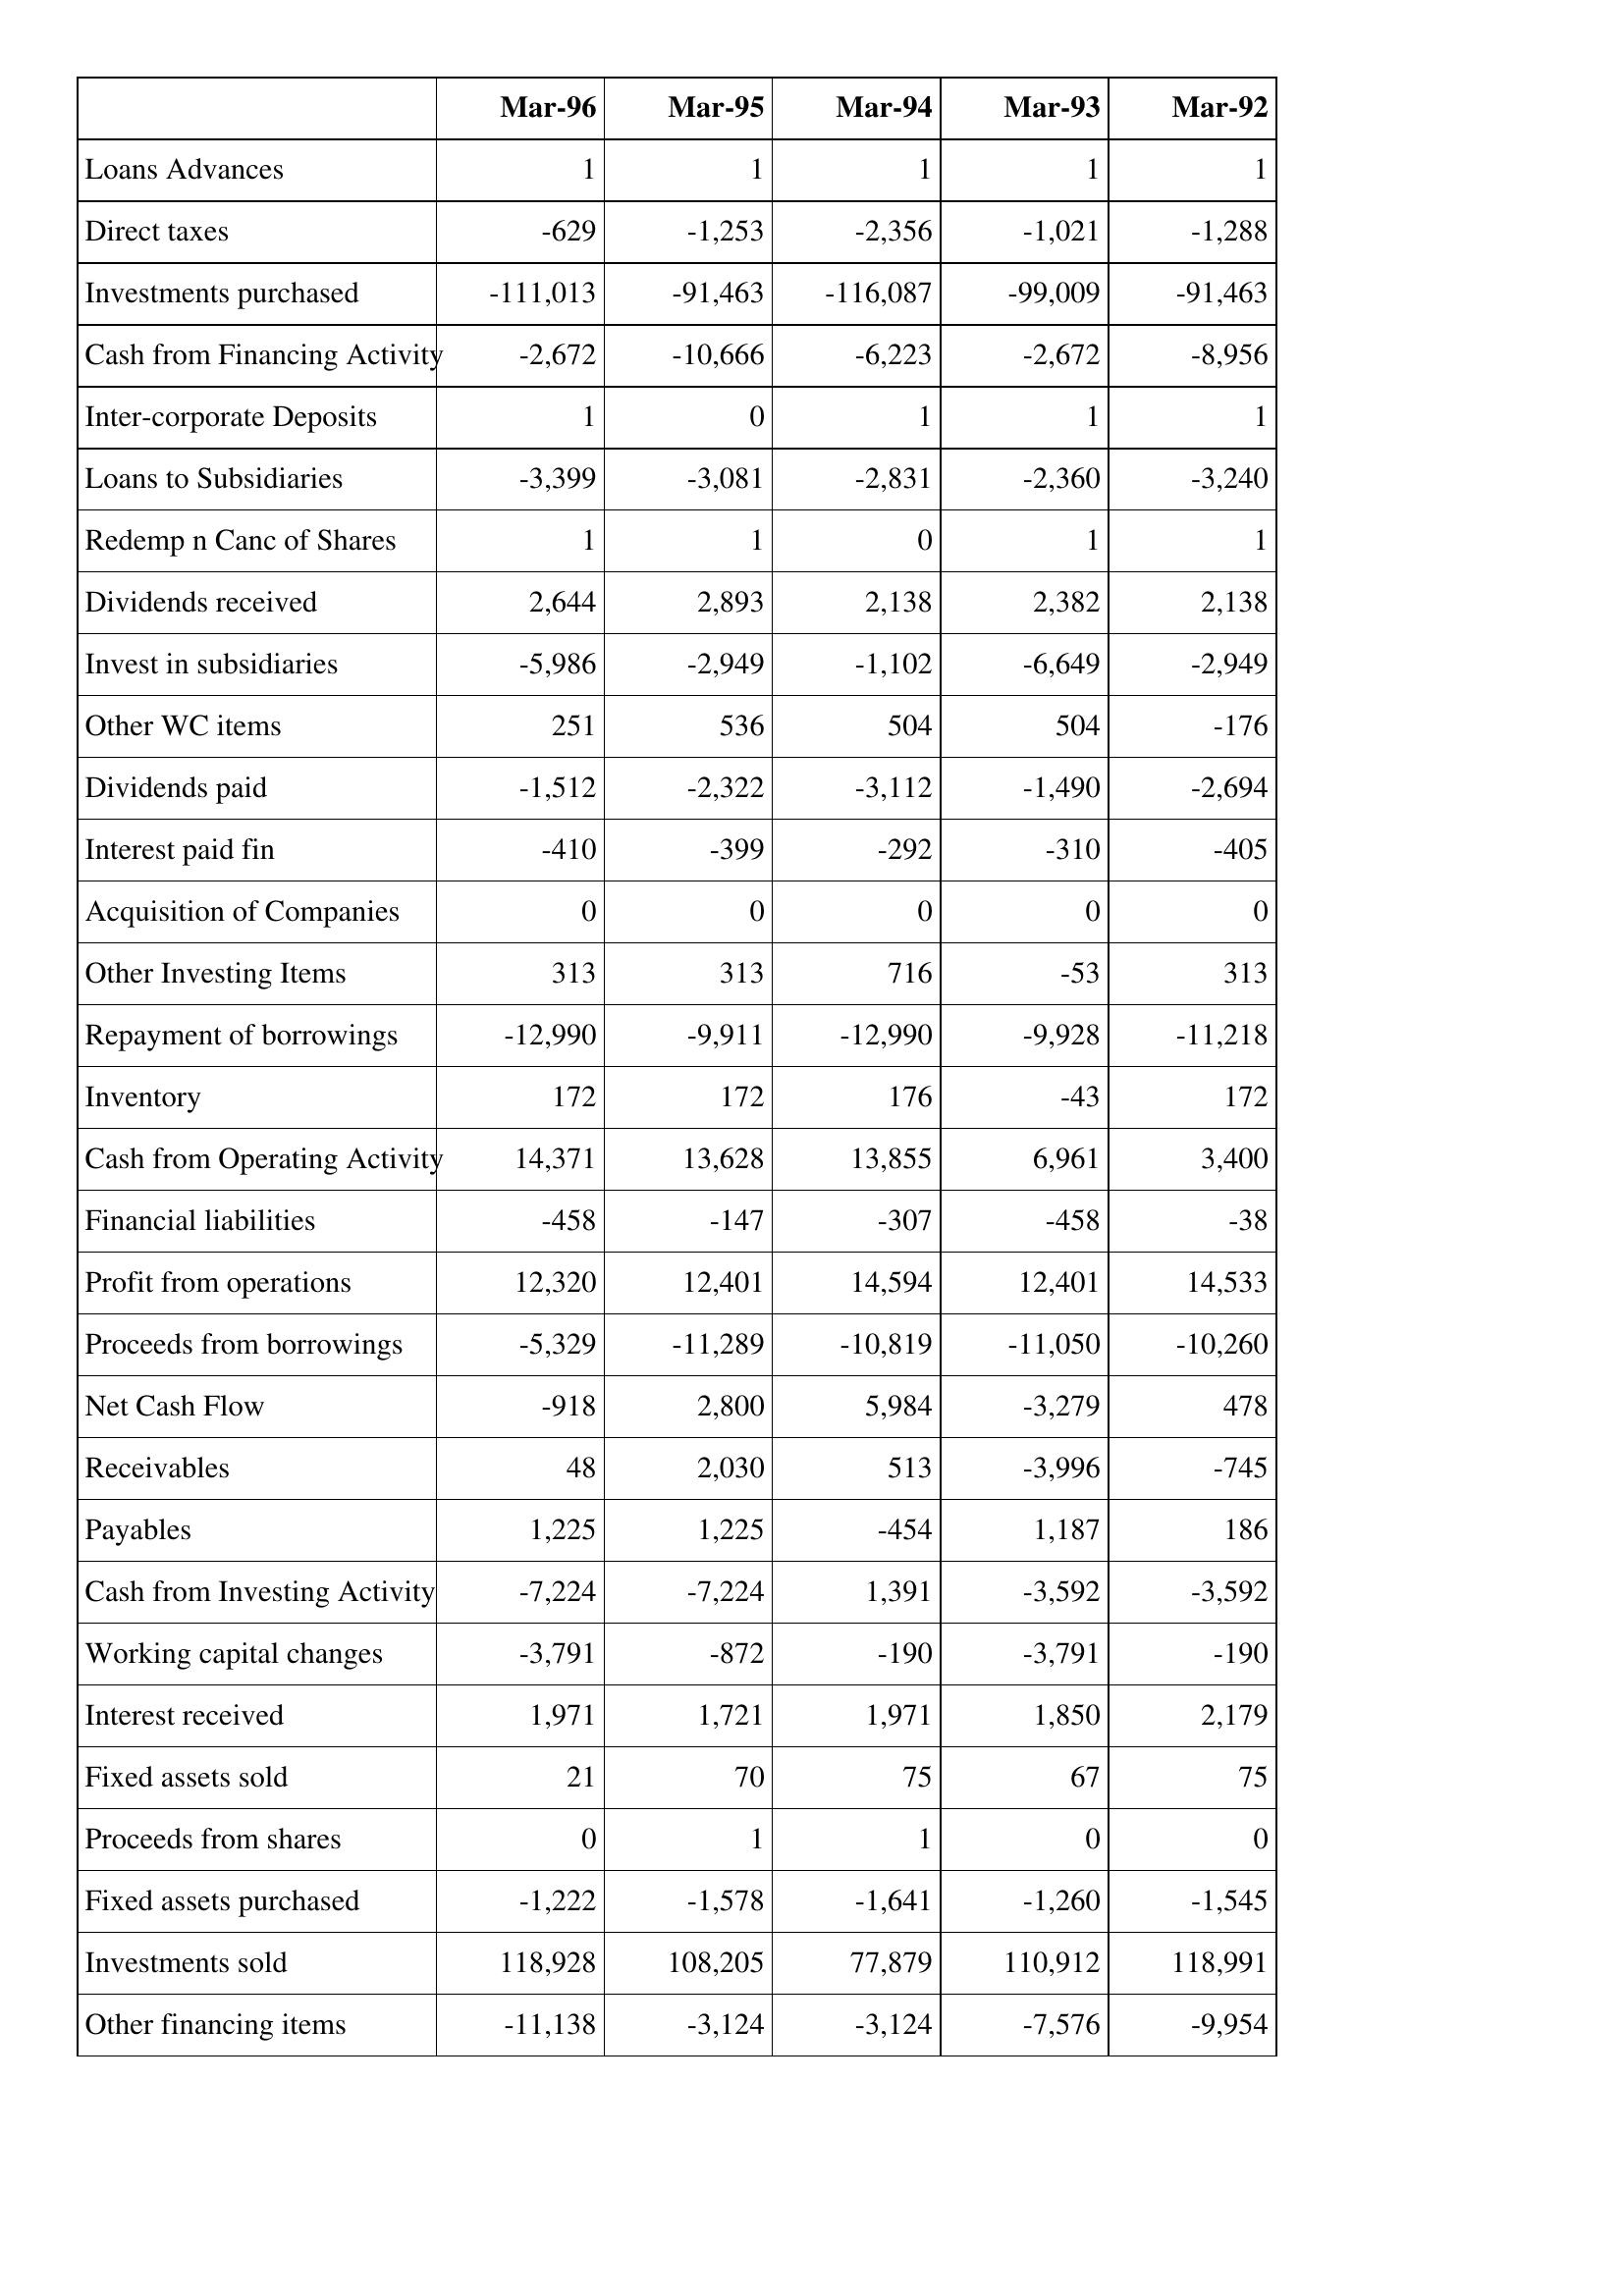
Mar-96: Cash Flows: Loans Advances: 1
Direct taxes: -629
Investments purchased: -111,013
Cash from Financing Activity: -2,672
Inter-corporate Deposits: 1
Loans to Subsidiaries: -3,399
Redemp n Canc of Shares: 1
Dividends received: 2,644
Invest in subsidiaries: -5,986
Other WC items: 251
Dividends paid: -1,512
Interest paid fin: -410
Acquisition of Companies: 0
Other Investing Items: 313
Repayment of borrowings: -12,990
Inventory: 172
Cash from Operating Activity: 14,371
Financial liabilities: -458
Profit from operations: 12,320
Proceeds from borrowings: -5,329
Net Cash Flow: -918
Receivables: 48
Payables: 1,225
Cash from Investing Activity: -7,224
Working capital changes: -3,791
Interest received: 1,971
Fixed assets sold: 21
Proceeds from shares: 0
Fixed assets purchased: -1,222
Investments sold: 118,928
Other financing items: -11,138
Mar-95: Cash Flows: Loans Advances: 1
Direct taxes: -1,253
Investments purchased: -91,463
Cash from Financing Activity: -10,666
Inter-corporate Deposits: 0
Loans to Subsidiaries: -3,081
Redemp n Canc of Shares: 1
Dividends received: 2,893
Invest in subsidiaries: -2,949
Other WC items: 536
Dividends paid: -2,322
Interest paid fin: -399
Acquisition of Companies: 0
Other Investing Items: 313
Repayment of borrowings: -9,911
Inventory: 172
Cash from Operating Activity: 13,628
Financial liabilities: -147
Profit from operations: 12,401
Proceeds from borrowings: -11,289
Net Cash Flow: 2,800
Receivables: 2,030
Payables: 1,225
Cash from Investing Activity: -7,224
Working capital changes: -872
Interest received: 1,721
Fixed assets sold: 70
Proceeds from shares: 1
Fixed assets purchased: -1,578
Investments sold: 108,205
Other financing items: -3,124
Mar-94: Cash Flows: Loans Advances: 1
Direct taxes: -2,356
Investments purchased: -116,087
Cash from Financing Activity: -6,223
Inter-corporate Deposits: 1
Loans to Subsidiaries: -2,831
Redemp n Canc of Shares: 0
Dividends received: 2,138
Invest in subsidiaries: -1,102
Other WC items: 504
Dividends paid: -3,112
Interest paid fin: -292
Acquisition of Companies: 0
Other Investing Items: 716
Repayment of borrowings: -12,990
Inventory: 176
Cash from Operating Activity: 13,855
Financial liabilities: -307
Profit from operations: 14,594
Proceeds from borrowings: -10,819
Net Cash Flow: 5,984
Receivables: 513
Payables: -454
Cash from Investing Activity: 1,391
Working capital changes: -190
Interest received: 1,971
Fixed assets sold: 75
Proceeds from shares: 1
Fixed assets purchased: -1,641
Investments sold: 77,879
Other financing items: -3,124
Mar-93: Cash Flows: Loans Advances: 1
Direct taxes: -1,021
Investments purchased: -99,009
Cash from Financing Activity: -2,672
Inter-corporate Deposits: 1
Loans to Subsidiaries: -2,360
Redemp n Canc of Shares: 1
Dividends received: 2,382
Invest in subsidiaries: -6,649
Other WC items: 504
Dividends paid: -1,490
Interest paid fin: -310
Acquisition of Companies: 0
Other Investing Items: -53
Repayment of borrowings: -9,928
Inventory: -43
Cash from Operating Activity: 6,961
Financial liabilities: -458
Profit from operations: 12,401
Proceeds from borrowings: -11,050
Net Cash Flow: -3,279
Receivables: -3,996
Payables: 1,187
Cash from Investing Activity: -3,592
Working capital changes: -3,791
Interest received: 1,850
Fixed assets sold: 67
Proceeds from shares: 0
Fixed assets purchased: -1,260
Investments sold: 110,912
Other financing items: -7,576
Mar-92: Cash Flows: Loans Advances: 1
Direct taxes: -1,288
Investments purchased: -91,463
Cash from Financing Activity: -8,956
Inter-corporate Deposits: 1
Loans to Subsidiaries: -3,240
Redemp n Canc of Shares: 1
Dividends received: 2,138
Invest in subsidiaries: -2,949
Other WC items: -176
Dividends paid: -2,694
Interest paid fin: -405
Acquisition of Companies: 0
Other Investing Items: 313
Repayment of borrowings: -11,218
Inventory: 172
Cash from Operating Activity: 3,400
Financial liabilities: -38
Profit from operations: 14,533
Proceeds from borrowings: -10,260
Net Cash Flow: 478
Receivables: -745
Payables: 186
Cash from Investing Activity: -3,592
Working capital changes: -190
Interest received: 2,179
Fixed assets sold: 75
Proceeds from shares: 0
Fixed assets purchased: -1,545
Investments sold: 118,991
Other financing items: -9,954